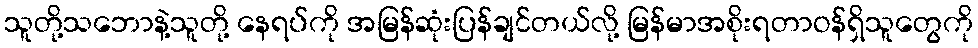
သူတို့သဘောနဲ့သူတို့ နေရပ်ကို အမြန်ဆုံးပြန်ချင်တယ်လို့ မြန်မာအစိုးရတာဝန်ရှိသူတွေကို